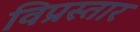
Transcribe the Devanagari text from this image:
विप्रस्तार